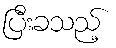
ပြီးခသည့်